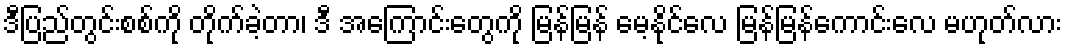
ဒီပြည်တွင်းစစ်ကို တိုက်ခဲ့တာ၊ ဒီ အကြောင်းတွေကို မြန်မြန် မေ့နိုင်လေ မြန်မြန်ကောင်းလေ မဟုတ်လား